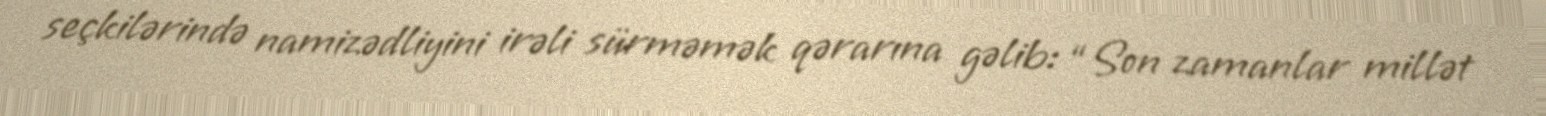
seçkilərində namizədliyini irəli sürməmək qərarına gəlib: “Son zamanlar millət